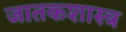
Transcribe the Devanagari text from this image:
जातकशास्त्र